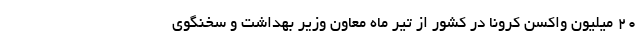
۲۰ میلیون واکسن کرونا در کشور از تیر ماه معاون وزیر بهداشت و سخنگوی